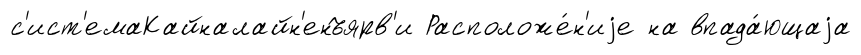
с'ист'емаКайналайн'енъярв'и Расположе́н'иjе на впада́ющаjа